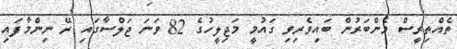
ތެއްތިރީސް މެންބަރުން ބައިވެރިވި ގައުމީ މަޖިލީހުގެ 82 ވަނަ ޖަލްސާގައި ރޭ ނިންމާފައި